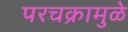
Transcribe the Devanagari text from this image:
परचक्रामुळे